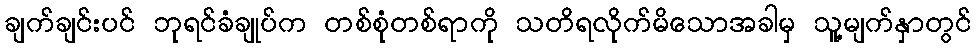
ချက်ချင်းပင် ဘုရင်ခံချုပ်က တစ်စုံတစ်ရာကို သတိရလိုက်မိသောအခါမှ သူ့မျက်နှာတွင်